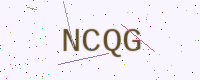
Text: NCQG